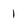
Character: 1